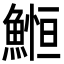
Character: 䱴